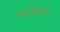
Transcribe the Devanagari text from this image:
माड़िया।